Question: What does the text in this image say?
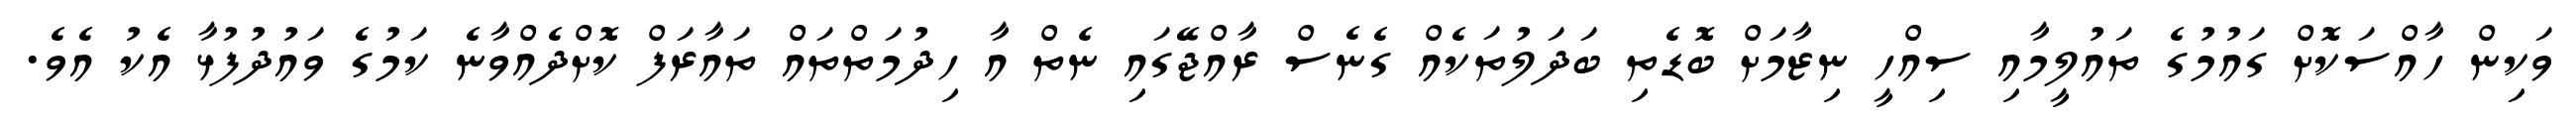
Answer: ވަކިން ހާއްސަކޮށް ގައުމުގެ ތައުލީމާއި ސިއްހީ ނިޒާމަށް ބޮޑެތި ބަދަލުތަކެއް ގެނެސް ރާއްޖޭގައި ނެތް އާ ހިދުމަތްތައް ތައާރަފް ކޮށްދެއްވާނެ ކަމުގެ ވައުދުފުޅާ އެކު އެވެ.